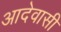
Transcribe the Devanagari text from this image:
आदेवासी